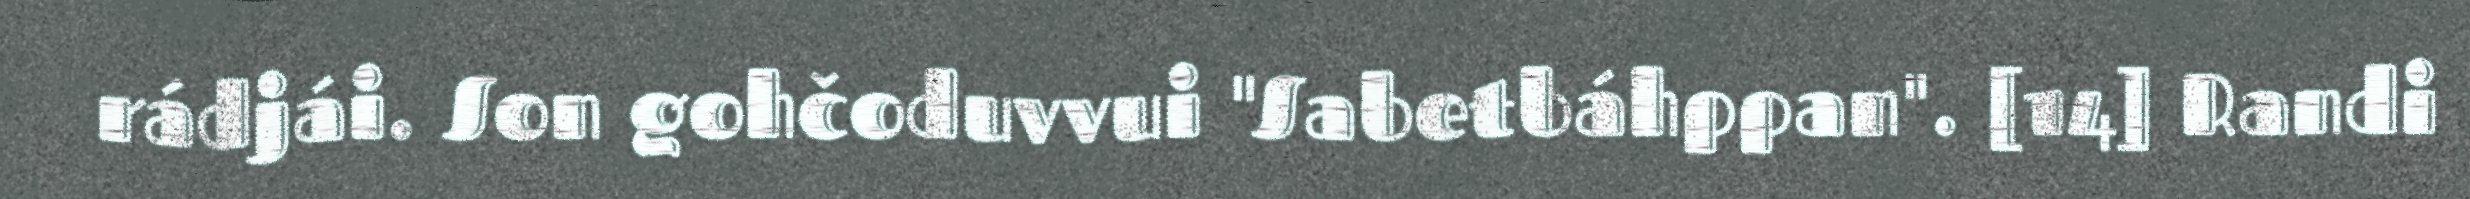
rádjái. Son gohčoduvvui "Sabetbáhppan". [14] Randi